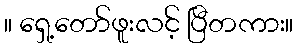
။ ရှေ့တော်ဖူးလင့် ပြီတကား။